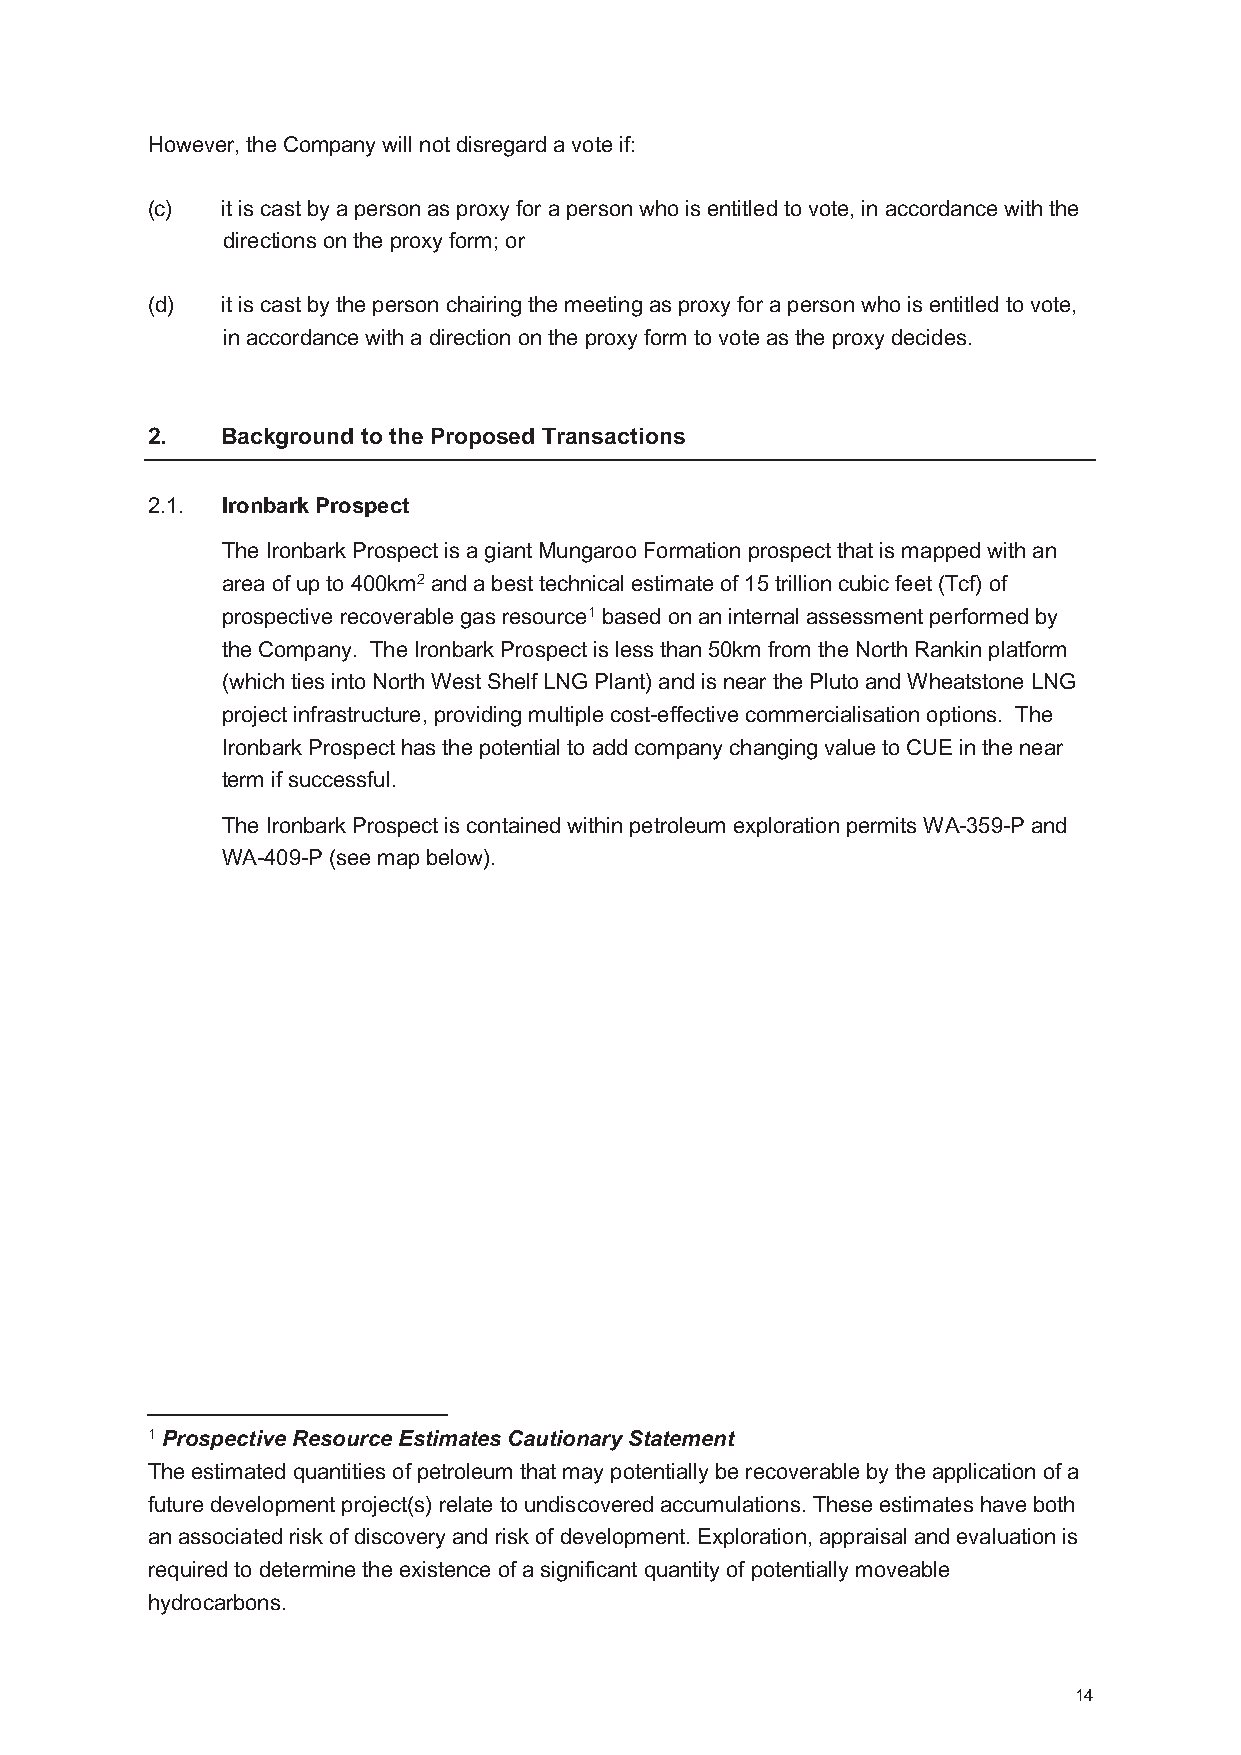
However, the Company will not disregard a vote if:
 (c)  it is cast by a person as proxy for a person who is entitled to vote, in accordance with the
 directions on the proxy form; or
 (d)  it is cast by the person chairing the meeting as proxy for a person who is entitled to vote,
 in accordance with a direction on the proxy form to vote as the proxy decides.
 2.   Background to the Proposed Transactions
 2.1. Ironbark Prospect
 The Ironbark Prospect is a giant Mungaroo Formation prospect that is mapped with an
 area of up to 400km2and a best technical estimate of 15 trillion cubic feet (Tcf) of
 prospective recoverable gas resource1based on an internal assessment performed by
 the Company. The Ironbark Prospectis less than 50km from the North Rankin platform
 (which ties into North West Shelf LNG Plant) and is near the Pluto and Wheatstone LNG
 project infrastructure, providingmultiple cost-effective commercialisation options. The
 Ironbark Prospect has the potential to add company changing value to CUE in the near
 term if successful.
 The Ironbark Prospect is contained within petroleum exploration permits WA-359-P and
 WA-409-P(see map below).
 1Prospective Resource Estimates Cautionary Statement
 The estimated quantities of petroleum that may potentially be recoverable by the application of a
 future development project(s) relate to undiscovered accumulations. These estimates have both
 an associated risk of discovery and risk of development. Exploration, appraisal and evaluation is
 required to determine the existence of a significant quantity of potentially moveable
 hydrocarbons.
 14